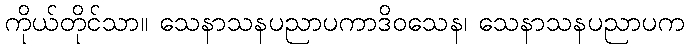
ကိုယ်တိုင်သာ။ သေနာသနပညာပကာဒိဝသေန၊ သေနာသနပညာပက